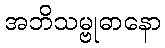
အဘိသမ္ဗုဓာနော